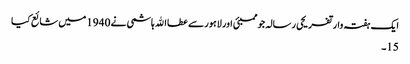
ایک ہفتہ وار تفریحی رسالہ جو ممبئی اور لاہور سے عطااﷲ ہاشمی نے 1940 میں شائع کیا
15۔